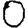
Digit: 0